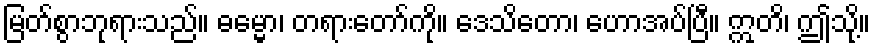
မြတ်စွာဘုရားသည်။ ဓမ္မော၊ တရားတော်ကို။ ဒေသိတော၊ ဟောအပ်ပြီ။ ဣတိ၊ ဤသို့။